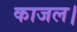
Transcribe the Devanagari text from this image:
काजल।